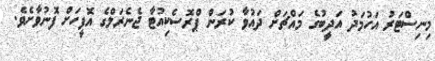
މިނިސްޓަރު އަހުމަދު އަދީބުގެ މައްޗަށް ދައުވާ ކުރަން ޕްރޮސެކިއުޓާ ޖެނެރަލްގެ އޮފީހަށް ފޮނުވާށެވެ.